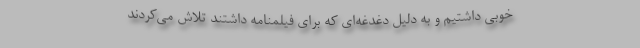
خوبی داشتیم و به دلیل دغدغه‌ای که برای فیلمنامه داشتند تلاش می‌کردند